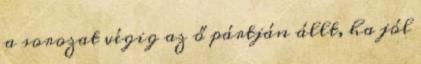
a sorozat végig az ő pártján állt, ha jól